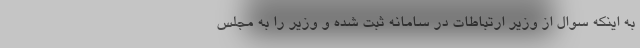
به اینکه سوال از وزیر ارتباطات در سامانه ثبت شده و وزیر را به مجلس